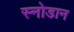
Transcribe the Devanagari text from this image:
स्नोडान